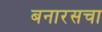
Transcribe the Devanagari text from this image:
बनारसचा